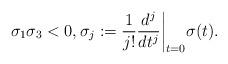
LaTeX: \begin{align*} \sigma_1\sigma_3 <0,\sigma_j:=\frac{1}{j!}\frac{d^j}{dt^j}\bigg|_{t=0} \sigma(t). \end{align*}